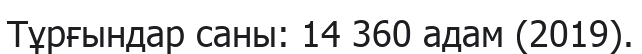
Тұрғындар саны: 14 360 адам (2019).